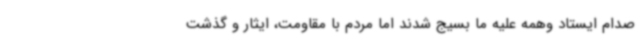
صدام ایستاد وهمه علیه ما بسیج شدند اما مردم با مقاومت، ایثار و گذشت